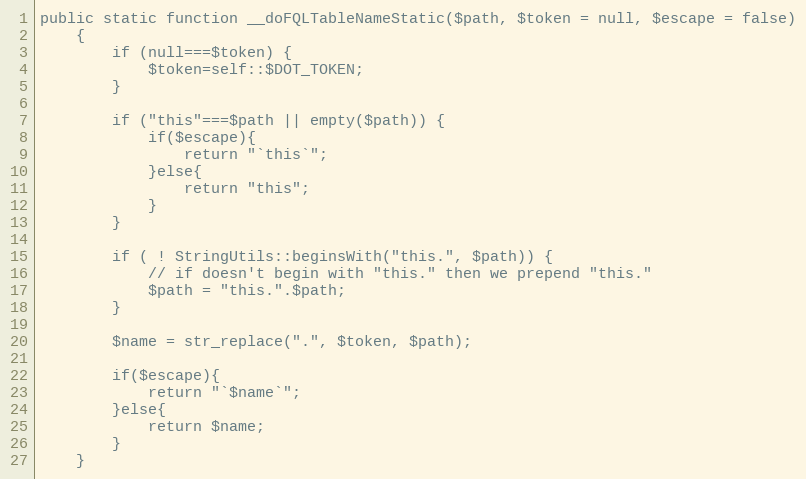
Language: PHP
public static function __doFQLTableNameStatic($path, $token = null, $escape = false)
    {
        if (null===$token) {
            $token=self::$DOT_TOKEN;
        }

        if ("this"===$path || empty($path)) {
            if($escape){
                return "`this`";
            }else{
                return "this";
            }
        }

        if ( ! StringUtils::beginsWith("this.", $path)) {
            // if doesn't begin with "this." then we prepend "this."
            $path = "this.".$path;
        }

        $name = str_replace(".", $token, $path);

        if($escape){
            return "`$name`";
        }else{
            return $name;
        }
    }